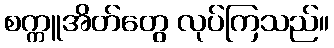
စက္ကူအိတ်တွေ လုပ်ကြသည်။